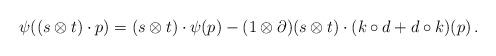
LaTeX: \begin{align*} \psi((s \otimes t) \cdot p) = (s \otimes t) \cdot \psi(p) - (1 \otimes \partial)(s \otimes t) \cdot (k \circ d + d \circ k)(p)\,. \end{align*}